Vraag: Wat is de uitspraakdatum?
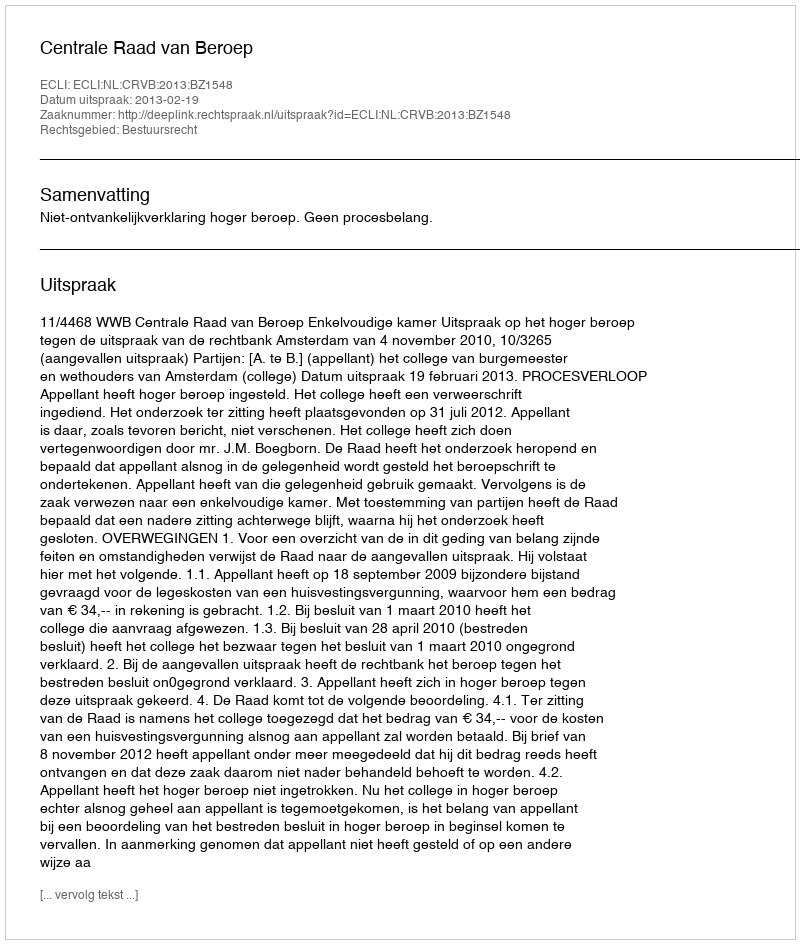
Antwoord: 2013-02-19